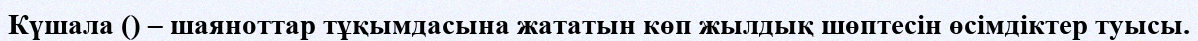
Күшала () – шаяноттар тұқымдасына жататын көп жылдық шөптесін өсімдіктер туысы.